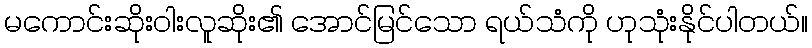
မကောင်းဆိုးဝါးလူဆိုး၏ အောင်မြင်သော ရယ်သံကို ဟုသုံးနိုင်ပါတယ်။